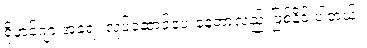
ရိုဟင်ဂျာ အရေး လုပ်ဆောင်ပေးနေတာလည်းဖြစ်နိုင် ပါတယ်။